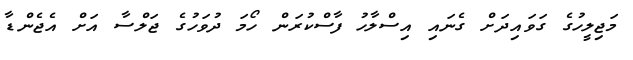
މަޖިލީހުގެ ގަވައިދަށް ގެނައި އިސްލާހު ފާސްކުރަން ހޯމަ ދުވަހުގެ ޖަލްސާ އަށް އެޖެންޑާ